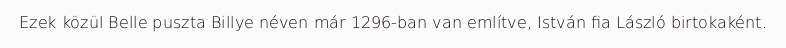
Ezek közül Belle puszta Billye néven már 1296-ban van említve, István fia László birtokaként.